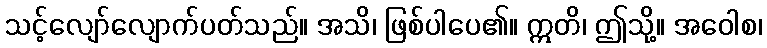
သင့်လျော်လျောက်ပတ်သည်။ အသိ၊ ဖြစ်ပါပေ၏။ ဣတိ၊ ဤသို့။ အဝေါစ၊